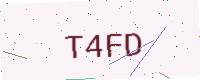
Text: T4FD